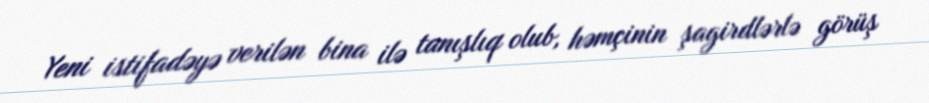
Yeni istifadəyə verilən bina ilə tanışlıq olub, həmçinin şagirdlərlə görüş